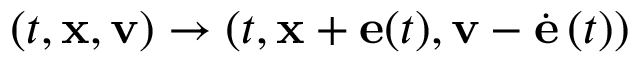
( t , { \bf x } , { \bf v } ) \to ( t , { \bf x } + { \bf e } ( t ) , { \bf v } - \dot { { \bf e } } \, ( t ) )